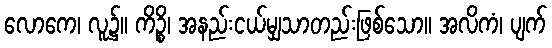
လောကေ၊ လူ၌။ ကိဉ္စိ၊ အနည်းငယ်မျှသာတည်းဖြစ်သော။ အလိကံ၊ ပျက်